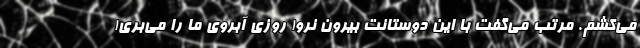
می‌کشم. مرتب می‌گفت با این دوستانت بیرون نرو! روزی آبروی ما را می‌بری!